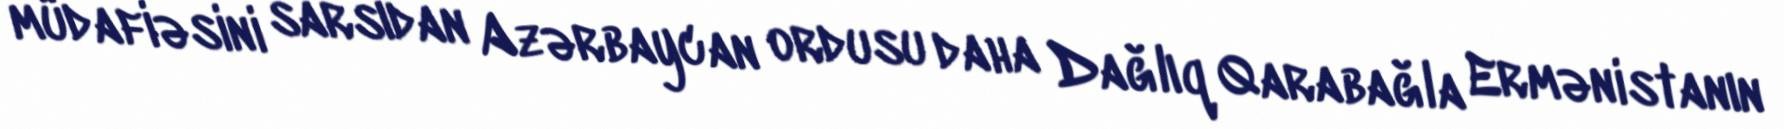
müdafiəsini sarsıdan Azərbaycan ordusu daha Dağlıq Qarabağla Ermənistanın